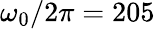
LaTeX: \omega_{0}/2\pi=205